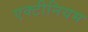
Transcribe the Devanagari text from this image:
एक्टीनियम